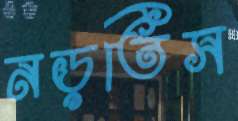
নড়তিস